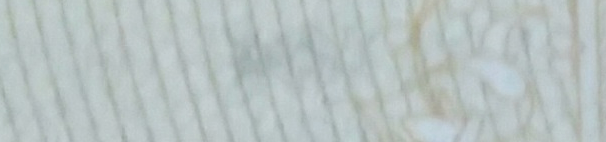
Open 24 Hours